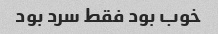
خوب بود فقط سرد بود